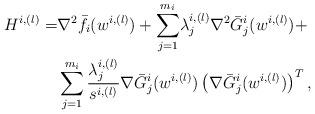
LaTeX: \begin{align*}H_{}^{i,(l)} =& \nabla^2 \bar f_i(w^{i,(l)}) +\sum_{j = 1}^{m_i}\! \lambda^{i,(l)}_j \nabla^2 \bar G_j^i(w^{i,(l)})+ \\ &\sum_{j=1}^{m_i} \frac{\lambda^{i,(l)}_j}{s^{i,(l)}}\nabla \bar G_j^i(w^{i,(l)})\left(\nabla \bar G_j^i(w^{i,(l)})\right)^T,\end{align*}